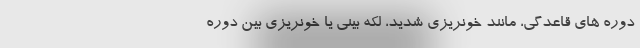
دوره های قاعدگی، مانند خونریزی شدید، لکه بینی یا خونریزی بین دوره